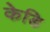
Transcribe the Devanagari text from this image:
केडि